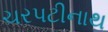
ચરપટીનાથ